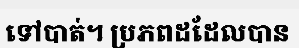
ទៅបាត់។ ប្រភពដដែលបាន